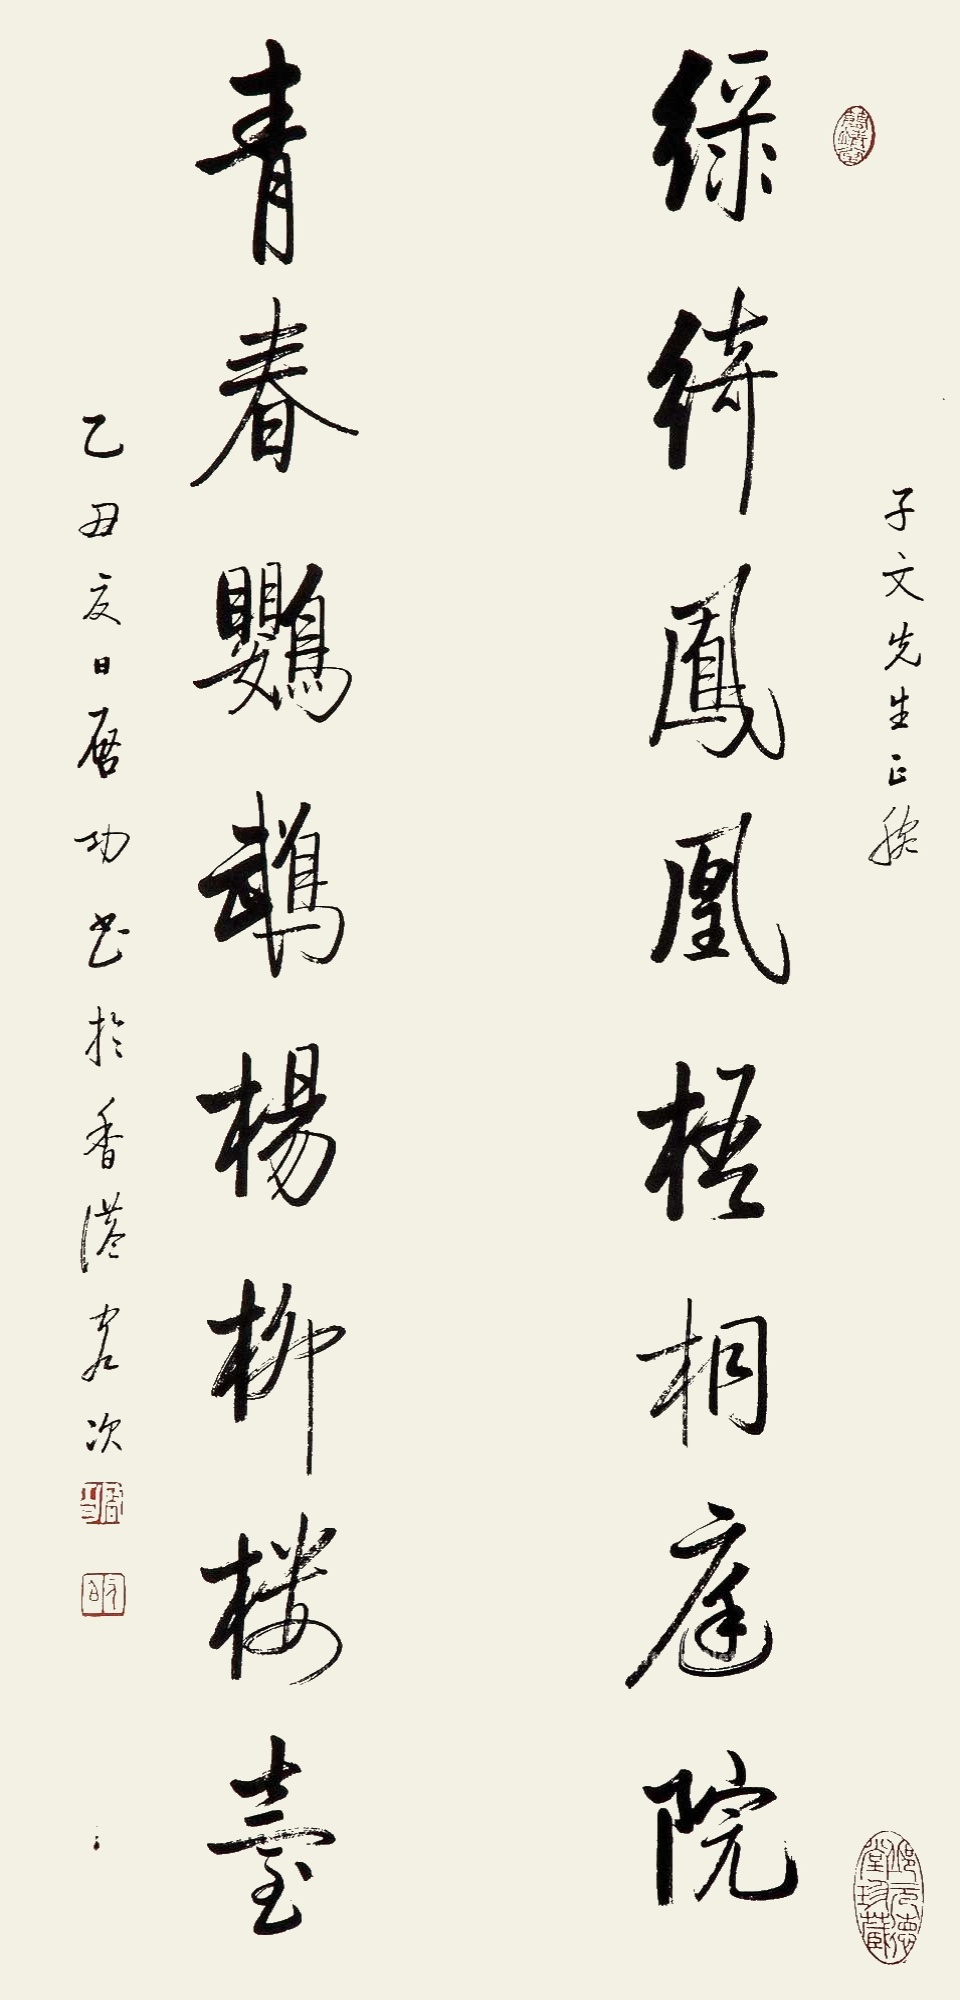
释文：绿绮凤凰梧桐庭院，青春鹦鹉杨柳楼台。子文先生正腕，乙丑夏日启功书于香港客次。